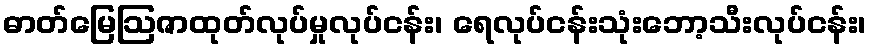
ဓာတ်မြေဩဇာထုတ်လုပ်မှုလုပ်ငန်း၊ ရေလုပ်ငန်းသုံးဘော့သီးလုပ်ငန်း၊